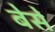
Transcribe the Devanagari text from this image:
बेसे